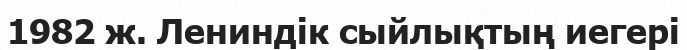
1982 ж. Лениндік сыйлықтың иегері